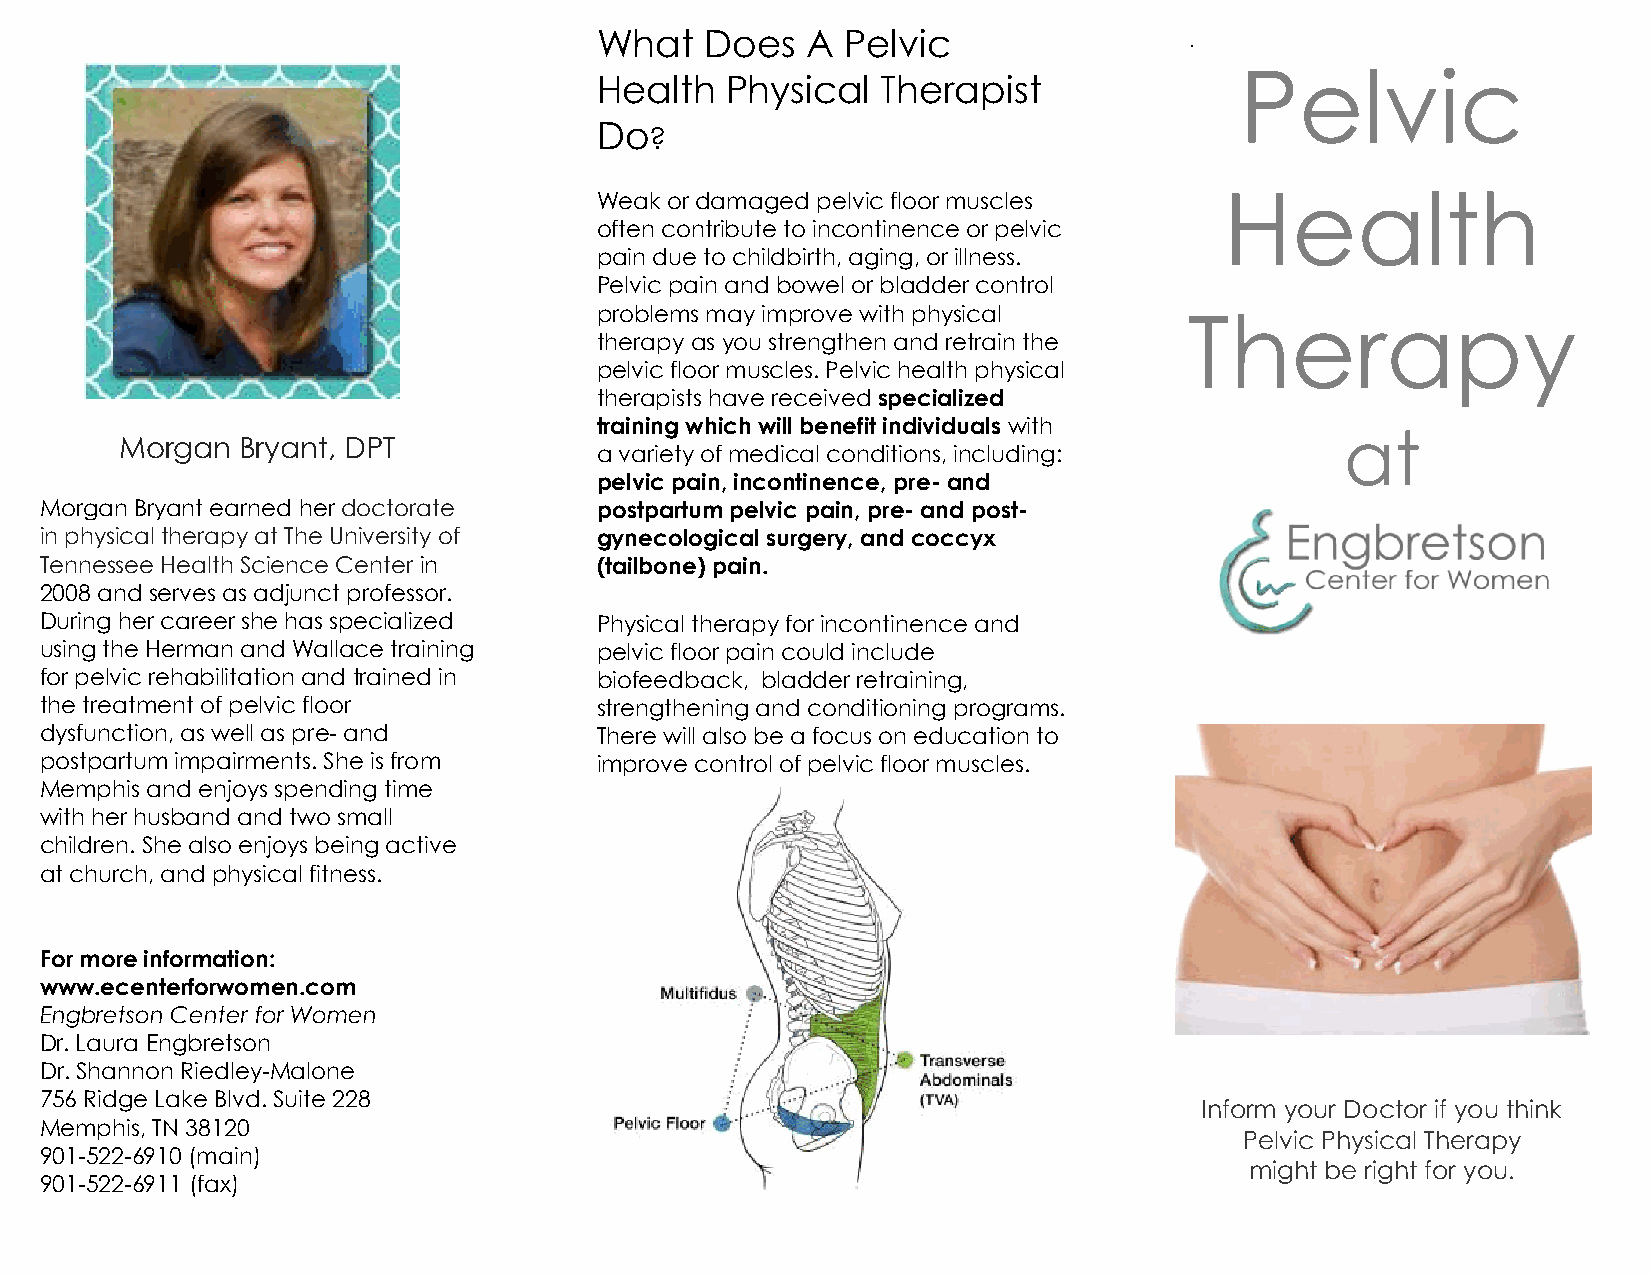
What    Does  A  Pelvic                 .
 Pelvic
 Health   Physical  Therapist
 Do
 ?
 Weak or damaged pelvic floor muscles      Health
 often contribute to incontinence or pelvic
 pain due to childbirth, aging, or illness.
 Pelvic pain and bowel or bladder control
 problems may improve with physical      Therapy
 therapy as you strengthen and retrain the
 pelvic floor muscles. Pelvic health physical
 therapists have received specialized
 training which will benefit individuals with
 at
 Morgan  Bryant, DPT
 a variety of medical conditions, including:
 pelvic pain, incontinence, pre- and
 Morgan Bryant earned her doctorate  postpartum pelvic pain, pre- and post-
 in physical therapy at The University of gynecological surgery, and coccyx
 Tennessee Health Science Center in  (tailbone) pain.
 2008 and serves as adjunct professor.
 During her career she has specialized Physical therapy for incontinence and
 using the Herman and Wallace training pelvic floor pain could include
 for pelvic rehabilitation and trained in biofeedback, bladder retraining,
 the treatment of pelvic floor       strengthening and conditioning programs.
 dysfunction, as well as pre- and    There will also be a focus on education to
 postpartum impairments. She is from improve control of pelvic floor muscles.
 Memphis and enjoys spending time
 with her husband and two small
 children. She also enjoys being active
 at church, and physical fitness.
 For more information:
 www.ecenterforwomen.com
 Engbretson Center for Women
 Dr. Laura Engbretson
 Dr. Shannon Riedley-Malone
 756 Ridge Lake Blvd. Suite 228
 Inform your Doctor if you think
 Memphis, TN 38120
 Pelvic Physical Therapy
 901-522-6910 (main)
 might be right for you.
 901-522-6911 (fax)
 "